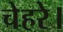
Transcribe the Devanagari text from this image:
चेहरे।